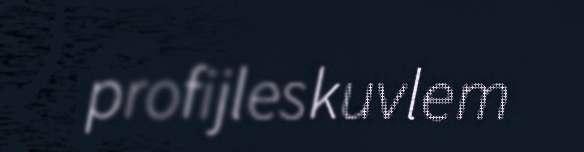
profijleskuvlem